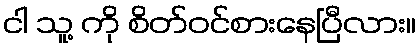
ငါ သူ့ ကို စိတ်ဝင်စားနေပြီလား။